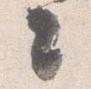
々